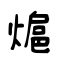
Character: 熩